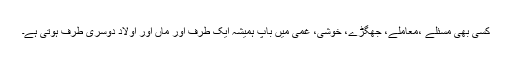
کسی بھی مسئلے ،معاملے، جھگڑے، خوشی، غمی میں باپ ہمیشہ ایک طرف اور ماں اور اولاد دوسری طرف ہوتی ہے۔